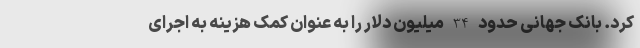
کرد. بانک جهانی حدود 34 میلیون دلار را به عنوان کمک هزینه به اجرای